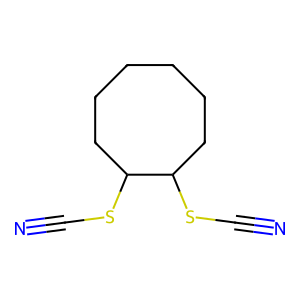
SMILES: N#CSC1CCCCCCC1SC#N
Inhibits HIV replication: No